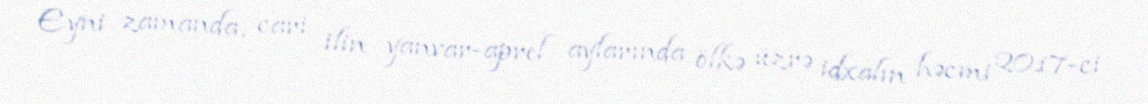
Eyni zamanda, cari ilin yanvar-aprel aylarında ölkə üzrə idxalın həcmi 2017-ci